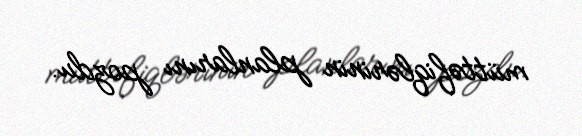
müttəfiqlərinin planlarını pozdu.